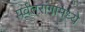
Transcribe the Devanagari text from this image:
पर्वतरांगामध्ये